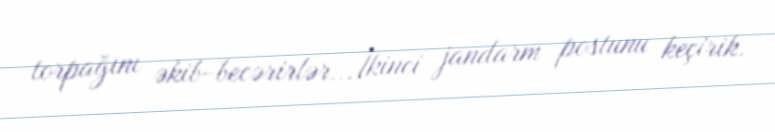
torpağını əkib-becərirlər... İkinci jandarm postunu keçirik.